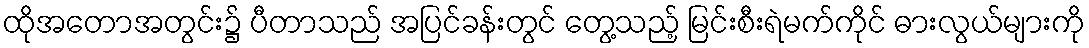
ထိုအတောအတွင်း၌ ပီတာသည် အပြင်ခန်းတွင် တွေ့သည့် မြင်းစီးရဲမက်ကိုင် ဓားလွယ်များကို